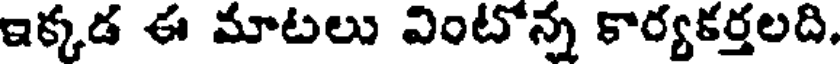
ఇక్కడ ఈ మాటలు వింటోన్న కార్యకర్తలది.